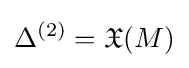
\Delta ^{(2)}={\mathfrak {X}}(M)